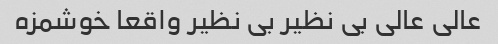
عالی عالی بی نظیر بی نظیر واقعا خوشمزه